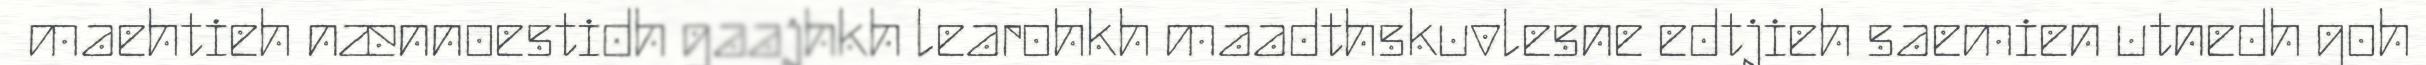
maehtieh nænnoestidh gaajhkh learohkh maadthskuvlesne edtjieh saemien utnedh goh